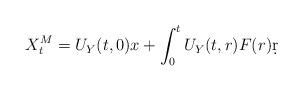
LaTeX: \begin{align*}X^M_t=U_Y(t,0)x+\int_0^t U_Y(t,r)F(r)\d r\end{align*}